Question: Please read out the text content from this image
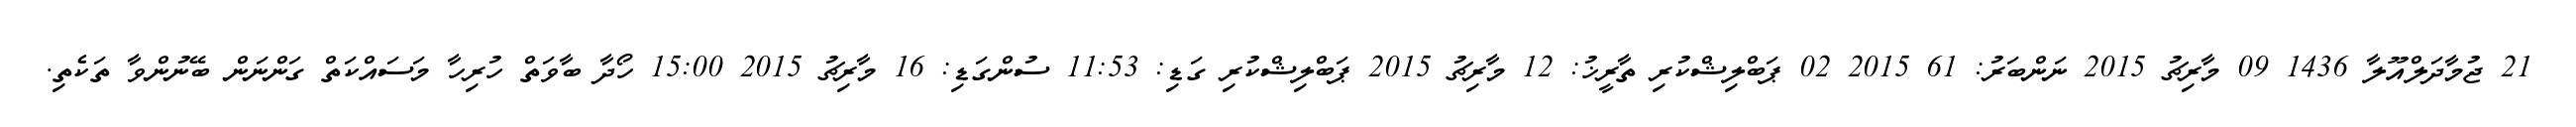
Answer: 21 ޖުމާދަލްއޫލާ 1436 09 މާރިޗު 2015 ނަންބަރު: 61 2015 02 ޕަބްލިޝްކުރި ތާރީޚު: 12 މާރިޗު 2015 ޕަބްލިޝްކުރި ގަޑި: 11:53 ސުންގަޑި: 16 މާރިޗު 2015 15:00 ހޯދާ ބާވަތް ހުރިހާ މަސައްކަތް ގަންނަން ބޭނުންވާ ތަކެތި.